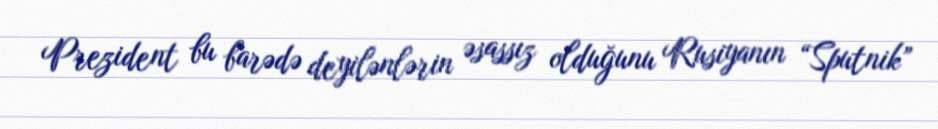
Prezident bu barədə deyilənlərin əsassız olduğunu Rusiyanın “Sputnik”